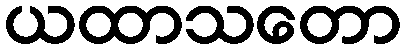
ယထာသတော